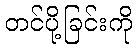
တင်ပို့ခြင်းကို